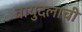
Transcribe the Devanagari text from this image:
वायुदलाची